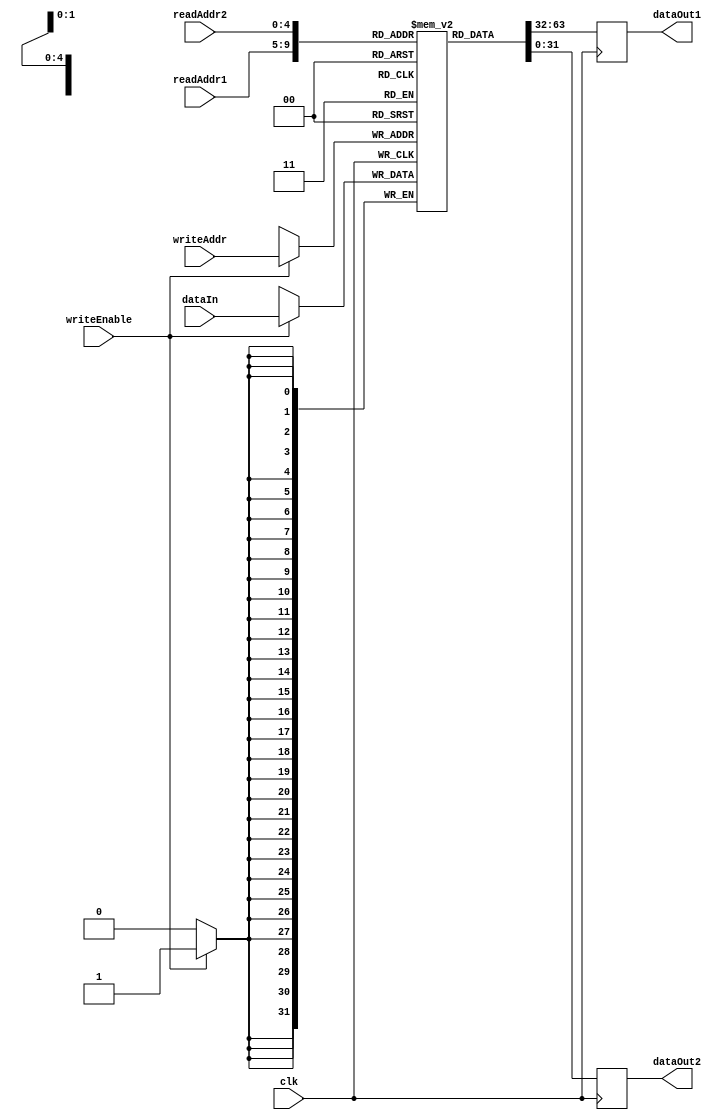
module MemoryBlocksShadowRegisterFile (
    input wire clk,
    input wire [31:0] dataIn,
    input wire [4:0] readAddr1,
    input wire [4:0] readAddr2,
    input wire [4:0] writeAddr,
    input wire writeEnable,
    output reg [31:0] dataOut1,
    output reg [31:0] dataOut2
);

reg [31:0] mem [31:0];

always @(posedge clk) begin
    if(writeEnable)
        mem[writeAddr] <= dataIn;
    
    dataOut1 <= mem[readAddr1];
    dataOut2 <= mem[readAddr2];
end

endmodule